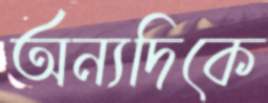
অন্যদিকে